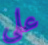
على